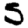
Digit: 5